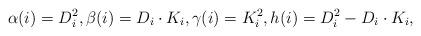
LaTeX: \begin{align*}\alpha(i)=D_i^2,\beta(i)=D_i\cdot K_i,\gamma(i)=K_i^2, h(i)=D_i^2-D_i\cdot K_i,\end{align*}